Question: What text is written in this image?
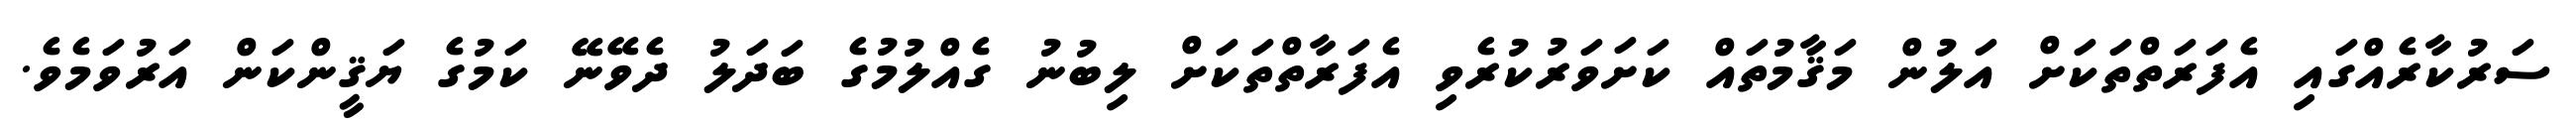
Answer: ސަރުކާރެއްގައި އެފަރަތްތަކަށް އަލުން މަޤާމުތައް ކަށަވަރުކުރެވި އެފަރާތްތަކަށް ލިބުނު ގެއްލުމުގެ ބަދަލު ދެވޭނޭ ކަމުގެ ޔަޤީންކަން އަރުވަމެވެ.